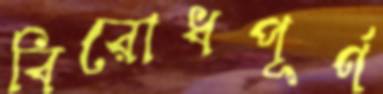
বিরোধপূর্ণ